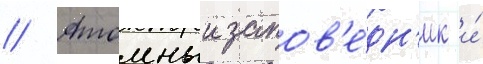
// Атомныи запов'е́дн'ик и́